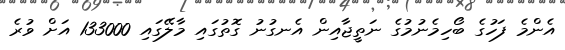
އެންމެ ފަހުގެ ބޯހިމެނުމުގެ ނަތީޖާއިން އެނގުނު ގޮތުގައި މާލޭގައި 133000 އަށް ވުރެ